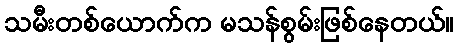
သမီးတစ်ယောက်က မသန်စွမ်းဖြစ်နေတယ်။